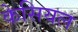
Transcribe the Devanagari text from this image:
केसियल